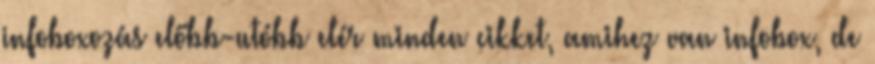
infoboxozás előbb-utóbb elér minden cikket, amihez van infobox, de